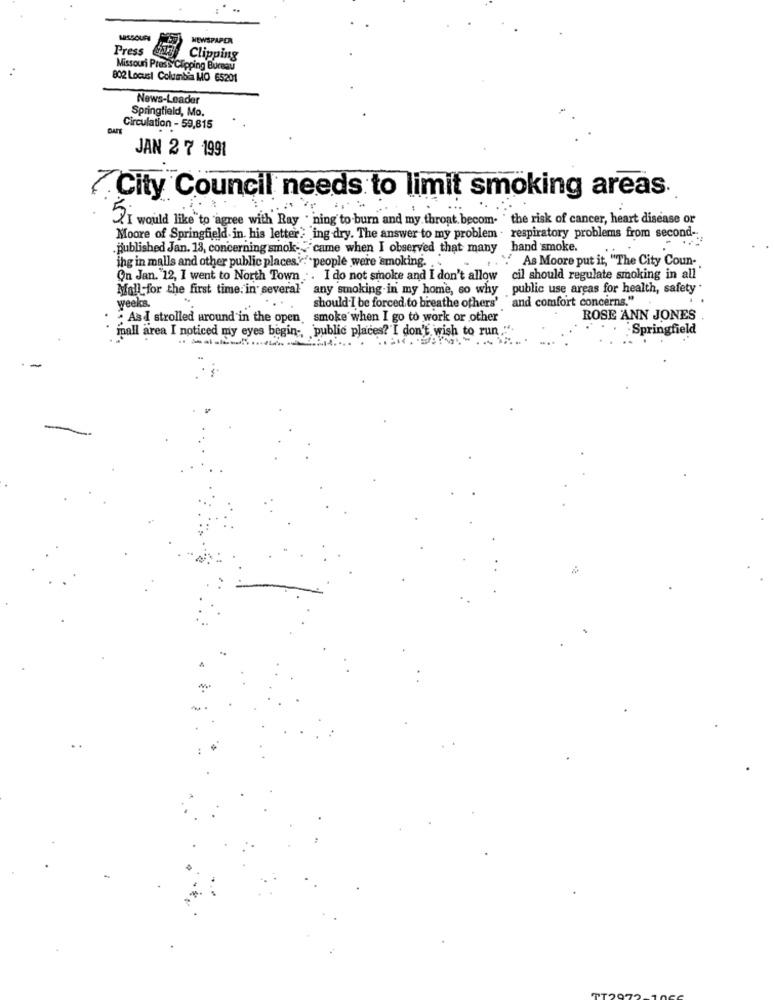
NEWSPAPER
Press
Clipping
Missouri PressClipping Bureau
802 Locust Columbia MO 65201
News-Leader
Springfield, Mo.
DARE
Circulation - 59,815
JAN 2 7 1991
₹City Council needs to limit smoking areas.
I would like to agree with Ray . ning to burn and my throat. becom. " the risk of cancer, heart disease or
Moore of Springfield in. his letter; ing dry. The answer to my problem . respiratory problems from second-
published Jan. 13, concerning smok; : 'came when I observed that many hand smoke.
. As Moore put it, "The City Coun-
ing in malls and other public places. : . people were smoking. ..
On Jan. 12, I went to North Town . I do not smoke and I don't allow cil should regulate smoking in all
Mall for the first time. in several' any smoking in my home, so why public use areas for health, safety "
should I be forced to breathe others',and comfort concerns."
weeks.
As I strolled around in the open, smoke when I go to work or other
ROSE 'ANN JONES
mall area I noticed my eyes begin -, public places? I don't wish to run."".
Springfield